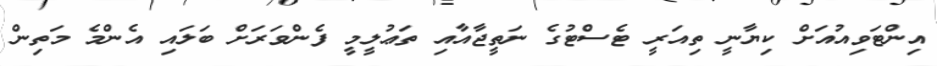
އިންޓަވިއުއަށް ކިޔާނީ ތިއަރީ ޓެސްޓުގެ ނަތީޖާއާއި ތަޢުލީމީ ފެންވަރަށް ބަލައި އެންމެ މަތިން